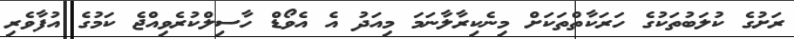
ރަށުގެ ކުލަބުތަކުގެ ހަރަކާތްތަކަށް މިނެކިރާލާނަމަ މިއަދު އެ އެވޯޑް ހާސިލްކުރެވިއްޖެ ކަމުގެ އުފާވެރި